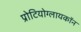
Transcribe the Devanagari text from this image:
प्रोटियोग्लायकॉन